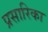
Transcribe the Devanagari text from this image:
प्रसारिका